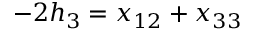
- 2 h _ { 3 } = x _ { 1 2 } + x _ { 3 3 }